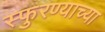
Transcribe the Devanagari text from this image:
स्फुरण्याच्या